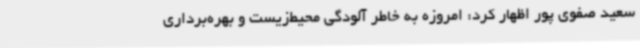
سعید صفوی پور اظهار کرد: امروزه به خاطر آلودگی محیط‌زیست و بهره‌برداری